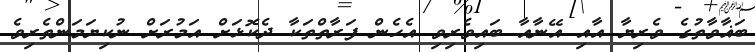
ބަޣާވާތުގެ ވެރިޔާ އާއި އޭނާއާ ބައިވެރިވި އެހެން ފަރާތްތަކާ ދެކޮޅަށް އަމުރަށް ނުކިޔަމަންތެރިވެ